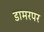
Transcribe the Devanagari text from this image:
डामरपर